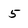
Character: 5